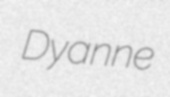
Dyanne